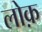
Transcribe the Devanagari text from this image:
लोक़